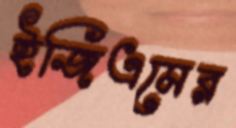
ইজিএমের